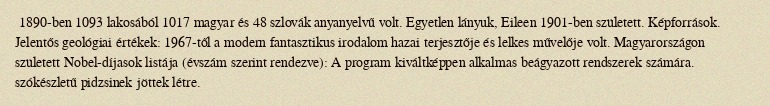
1890-ben 1093 lakosából 1017 magyar és 48 szlovák anyanyelvű volt. Egyetlen lányuk, Eileen 1901-ben született. Képforrások. Jelentős geológiai értékek: 1967-től a modern fantasztikus irodalom hazai terjesztője és lelkes művelője volt. Magyarországon született Nobel-díjasok listája (évszám szerint rendezve): A program kiváltképpen alkalmas beágyazott rendszerek számára. szókészletű pidzsinek jöttek létre.